Calcutta medical institutions reports 1879-81 [i.e.91]
Year: 1879
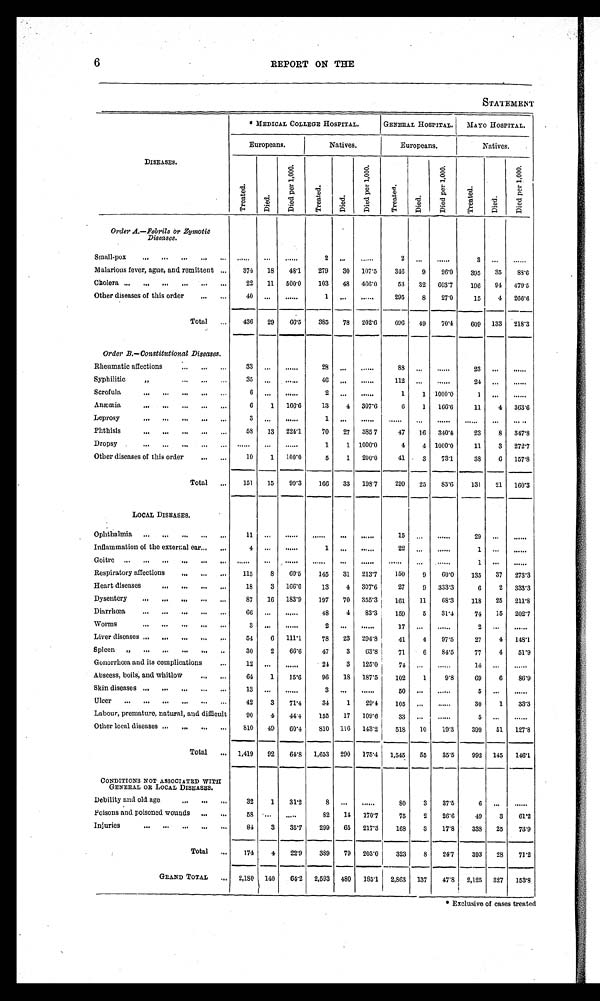
6
REPORT ON THE
STATEMENT
DISEASES.
* MEDICAL COLLEGE HOSPITAL.
GENERAL HOSPITAL.
MAYO HOSPITAL.
Europeans.
Natives.
Europeans.
Natives.
Treated.
Di ed.
Di e d pe r 1, 000.
Treated.
Di ed.
Di e d pe r 1, 000.
Treated.
Di ed.
Di e d pe r 1, 000.
Treat ed.
Di ed.
Di e d pe r 1, 000.
Order A.—Febrile or Zymotic
Diseases.
S mall-pox
. . .
. . .
. . .
2
...
. . .
2
...
. . .
3
...
. . .
Malarious fever, ague, and remittent
374
18
48.1
279
30
107.5
346
9
26.0
395
35
8 8 . 6
Cholera
22
11
500.0
103
48
466.0
53
32
603.7
196
94
479.5
Other diseases of this order
40
...
. . .
1 ...
. . .
295
8
27.0
15
4
266.6
Total
436
29
66.5
385
78
202.6
696
49
70.4
609
133
218.3
Order B.—Constitutional Diseases.
Rheumatic affections
33
...
. . .
28 ...
. . .
88
...
. . .
23
...
. . .
Syphilitic "
35
...
. . .
46
...
. . .
112
...
. . .
24
...
. . .
Scrofula
6
...
. . .
2
...
. . .
1
1 1000.0
1
...
. . .
Anæmia
6
1
166.6
13
4
307.6
6
1
166.6
11
4
363. 6
Leprosy
3
•••
. . .
1
...
. . .
. . .
. . .
. . .
. . . ...
. . .
Phthisis
58
13
224.1
70
27
385.7
47
16
340.4
23
8
347.8
Dropsy
. . .
. .
. . .
1
1 1000.0
4
4 1000.0
11
3
272. 7
Other diseases of this order
10
1
100.0
5
1
200.0
41
3
73.1
38
6
157.8
Total
151
15
99.3
166
33
198.7
299
25
83.6
131
21
160.3
LOCAL DISEASES.
Ophthalmia
11
. . .
. . .
. . . . . .
. . .
15
...
. . .
29
...
. . .
Inflammation of the external ear
4
...
. . .
1
...
. . .
22
...
. . .
1
...
. . .
G oitre
. . .
. . .
. . .
. . .
. . .
. . .
. . .
. . .
. . .
1
...
. . .
Respiratory affections
115
8
69.5
145
31
213.7
150
9
60.0
135
37
273.3
Heart diseases
18
3
166.6
13
4
307.6
27
9
333.3
6
2
333.3
Dysentery
87
16
183.9
197
70
355.3
161
11
68.3
118
25
211.8
Diarrhœa
66 ...
. . .
48
4
83.3
159
5
31.4
74
15
202.7
Worms
3
. . .
. . .
2
...
. . .
17
...
. . .
2
. . .
. . .
Liver diseases
54
6
111.1
78
23
294.3
41
4
97.5
27
4
148.1
Spleen "
30
2
66.6
47
3
63.8
71
6
84.5
77
4
51.9
Gonorrhœa and its complications
12
...
. . .
24
3
125.0
74
...
. . .
14
...
. . .
Abscess, boils, and whitlow
64
1
15.6
96
18
187.5
102
1
9.8
69
6
86.9
Skin diseases
13
...
. . .
3
...
. . .
50
...
. . .
5
...
. . .
Ulcer
42
3
71.4
34
1
29.4
105
...
. . .
30
1
33.3
Labour, premature, natural, and difficult
90
4
44.4
155
17
109.6
33
...
. . .
5
. . .
. . .
Other local diseases
810
49
60.4
810
116
143.2
518
10
19.3
399
51
127.8
Total
1,419
92
64.8
1,653
290
175.4
1,545
_
55
35.5
992
145
146.1
CONDITIONS NOT ASSOCIATED WITH
GENERAL OR LOCAL DISEASES.
Debility and old age
32
1
31.2
8
...
. . .
80
3
37.5
6
...
. . .
Poisons and poisoned wounds
58
. . .
.....
82
14
170.7
75
2
26.6
49
3
61.2
Injuries
84
3
35.7
299
65
217.3
168
3
17.8
338
25
73.9
Total
174
4
22.9
389
79
203.0
323
8
24.7
393
28
71.2
GRAND TOTAL
2,180
140
64.2 2,593
480
185.1
2,863
137
47.8
2,125
327
153.8
' Exclusive of cases treated